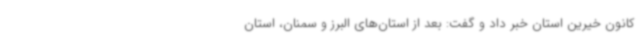
کانون خیرین استان خبر داد و گفت: بعد از استان‌های البرز و سمنان، استان